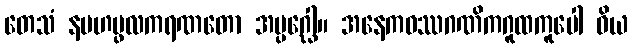
တေသံ နမဟပ္ဖလကရဏတော အပ္ပဂ္ဃေါ။ အနေကဝဿဂဏိကဂူထကူပေါ ဝိယ